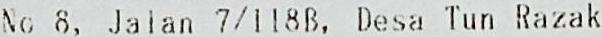
NO 8, JALAN 7/118B, DESA TUN RAZAK